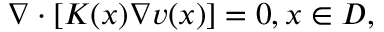
\begin{array} { r } { \nabla \cdot \left[ K ( x ) \nabla v ( x ) \right] = 0 , x \in D , } \end{array}